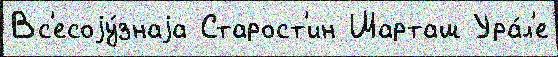
Вс'есоjу́знаjа Старост'ин Шарташ Ура́л'е